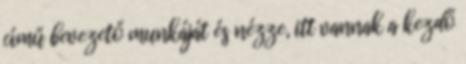
című bevezető munkáját és nézze, itt vannak a kezdő